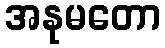
အနုမတော